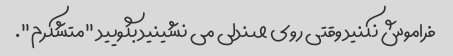
فراموش نکنید وقتی روی صندلی می نشینید بگویید "متشکرم".